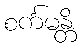
စင်္ကမန္တိ